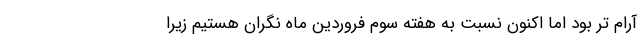
آرام تر بود اما اکنون نسبت به هفته سوم فروردین ماه نگران هستیم زیرا